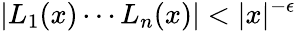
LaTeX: |L_{1}(x)\cdots L_{n}(x)|<|x|^{-\epsilon}